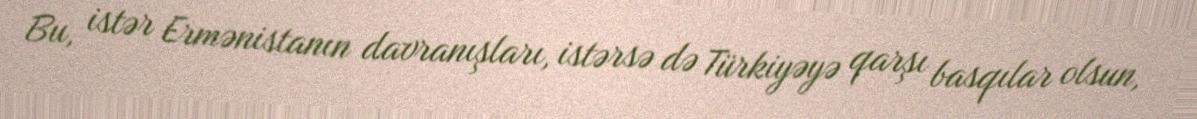
Bu, istər Ermənistanın davranışları, istərsə də Türkiyəyə qarşı basqılar olsun,